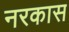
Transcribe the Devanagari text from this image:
नरकास